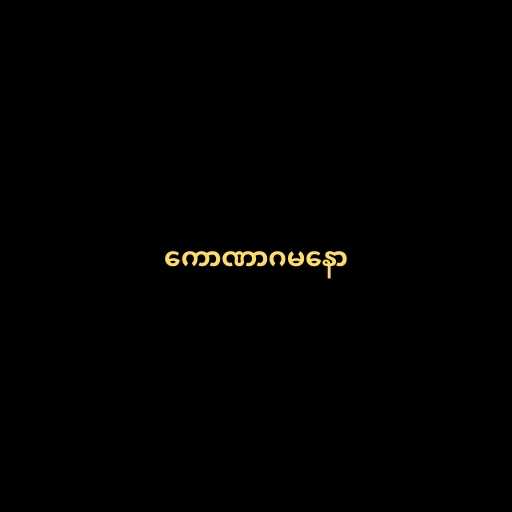
ကောဏာဂမနော